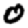
Digit: 0